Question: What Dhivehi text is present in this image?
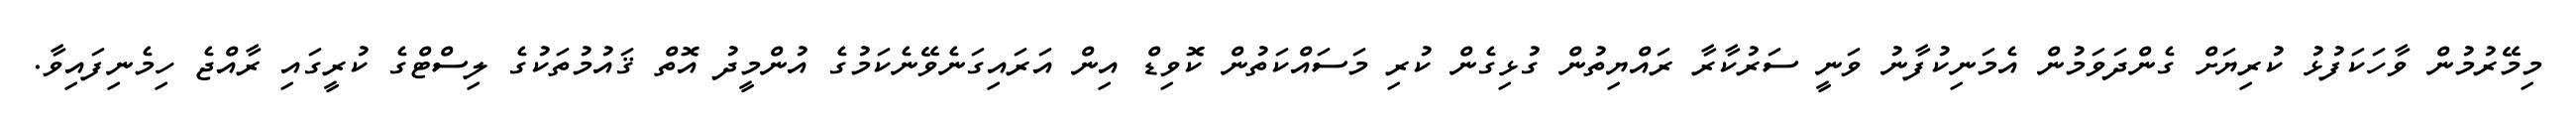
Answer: މިމޭރުމުން ވާހަކަފުޅު ކުރިޔަށް ގެންދަވަމުން އެމަނިކުފާނު ވަނީ ސަރުކާރާ ރައްޔިތުން ގުޅިގެން ކުރި މަސައްކަތުން ކޮވިޑް އިން އަރައިގަނެވޭނެކަމުގެ އުންމީދު އޮތް ޤައުމުތަކުގެ ލިސްޓްގެ ކުރީގައި ރާއްޖެ ހިމެނިފައިވާ.